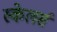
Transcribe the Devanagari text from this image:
स्केलर्स